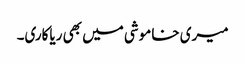
میری خاموشی میں بھی ریاکاری۔